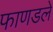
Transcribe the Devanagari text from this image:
फाणडले